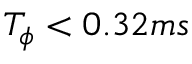
T _ { \phi } < 0 . 3 2 m s